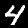
Digit: 4